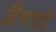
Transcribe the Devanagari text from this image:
गैण्डों